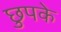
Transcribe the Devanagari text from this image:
छुपके